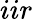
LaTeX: iir